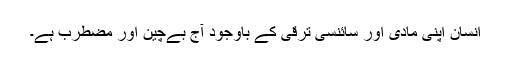
انسان اپنی مادی اور سائنسی ترقی کے باوجود آج بےچین اور مضطرب ہے۔